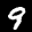
Label: 9